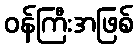
ဝန်ကြီးအဖြစ်